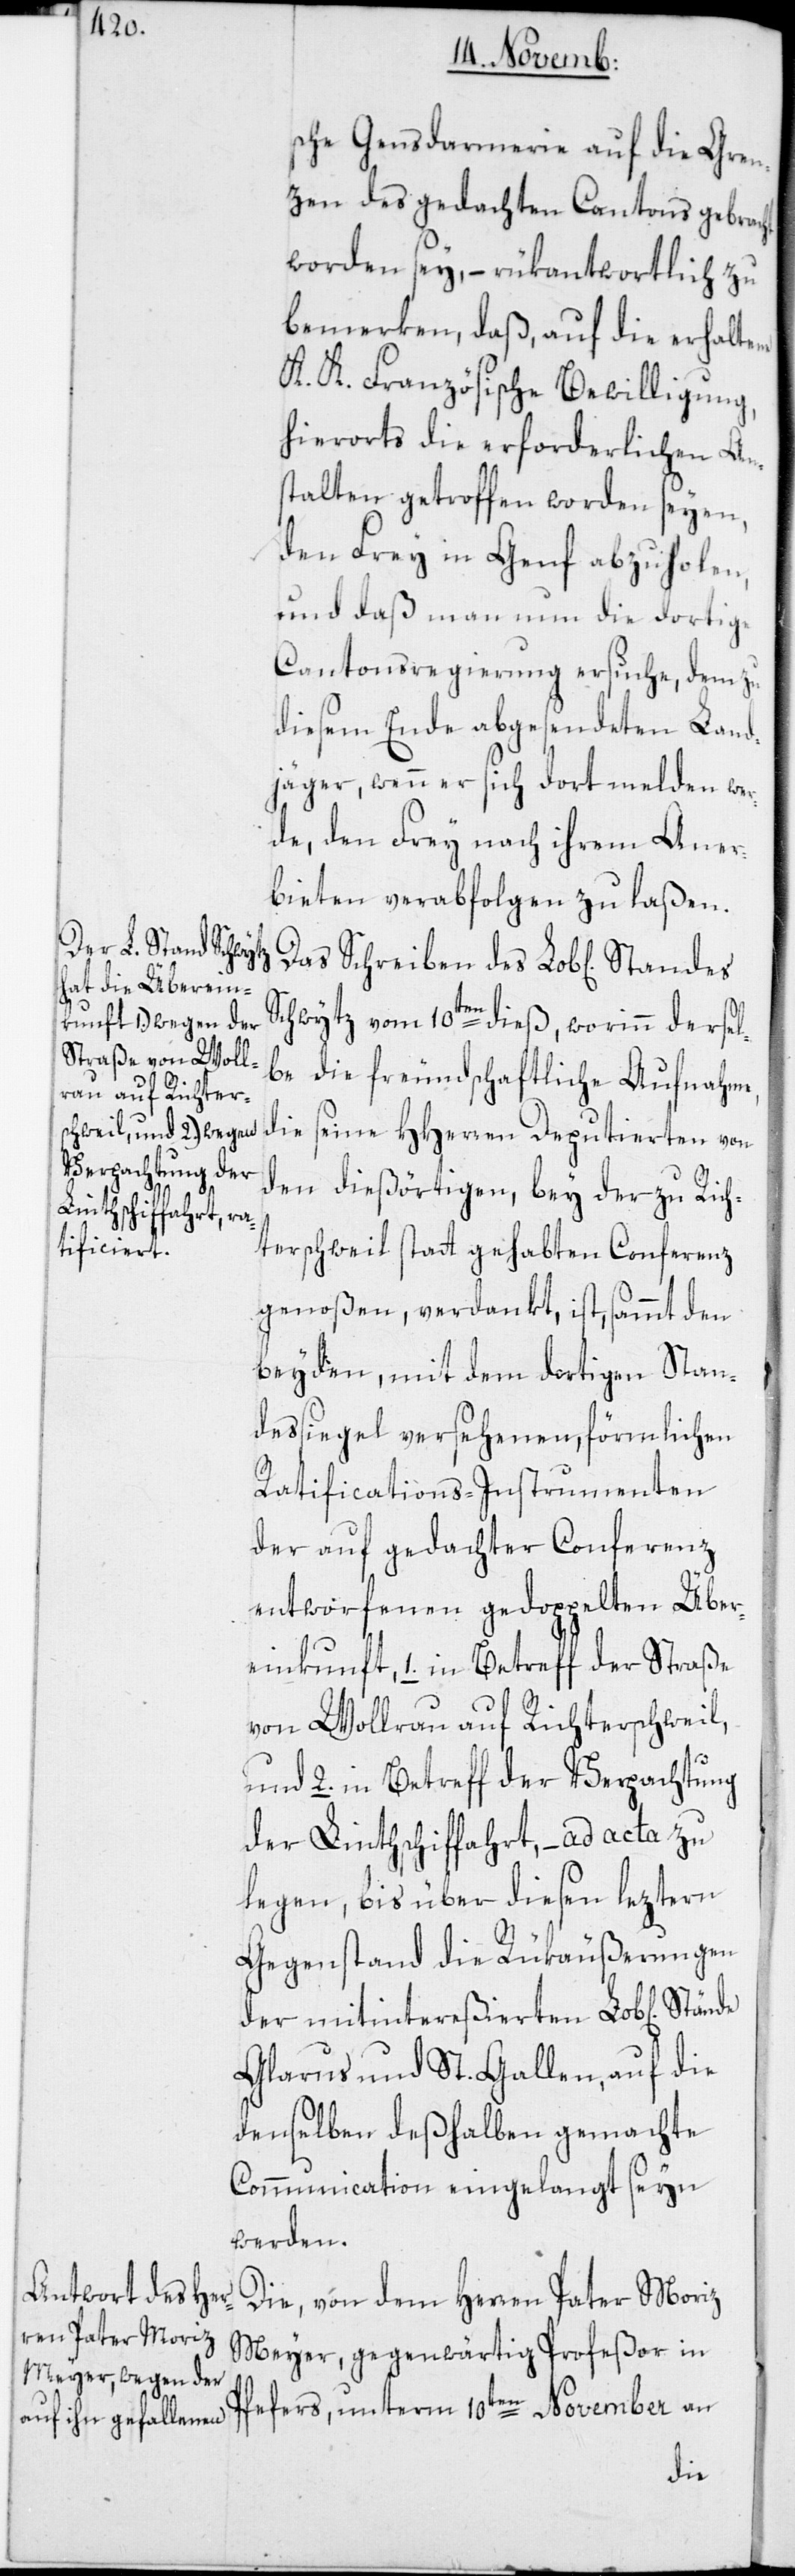
sche Gensdarmerie auf die Gren¬
zen des gedachten Cantons gebracht
worden sey, – rükantwortlich zu
bemerken, daß, auf die erhaltene
K. K. Französische Bewilligung,
hierorts die erforderlichen An¬
stalten getroffen worden seyen,
den Frey in Genf abzuholen,
und daß man nun die dortige
Cantonsregierung ersuche, dem zu
diesem Ende abgesendeten Land¬
jäger, wenn er sich dort melden wer¬
de, den Frey nach ihrem Aner¬
bieten verabfolgen zu laßen.
Schwytz vom 10ten dieß, worinn dersel¬
be die freundschaftliche Aufnahme,
die seine HHerren Deputierten von
den dießörtigen, bey der zu Rich¬
terschweil statt gehabten Conferenz
genoßen, verdankt, ist, sammt den
beyden, mit dem dortigen Stan¬
dessiegel versehenen, förmlichen
Ratifications-Instrumenten
der auf gedachter Conferenz
entworfenen gedoppelten Über¬
einkunft, 1. in Betreff der Straße
von Wollerau auf Richterschweil,
und 2. in Betreff der Verpachtung
der Linthschifffahrt, – ad acta zu
legen, bis über diesen leztern
Gegenstand die Rükäußerungen
der mitintereßierten Lob[lichen]
Glarus und St. Gallen, auf die
denselben deßhalben gemachte
Communication eingelangt seyn
werden.
Die, von dem Herren Pater Moriz
Meyer, gegenwärtig Profeßor in
Pfäfers, unterm 10ten November an